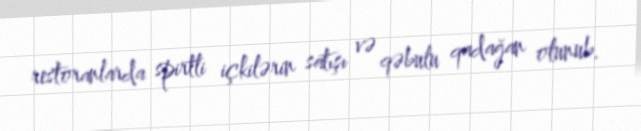
restoranlarda spirtli içkilərin satışı və qəbulu qadağan olunub.